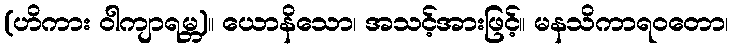
(ဟိကား ဝါကျာရမ္ဘ)။ ယောနိသော၊ အသင့်အားဖြင့်။ မနသိကာရဝတော၊